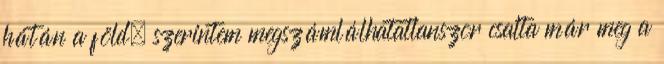
hátán a föld. szerintem megszámlálhatatlanszor csalta már meg a